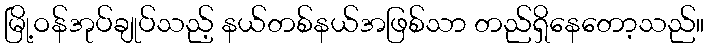
မြို့ဝန်အုပ်ချုပ်သည့် နယ်တစ်နယ်အဖြစ်သာ တည်ရှိနေတော့သည်။